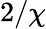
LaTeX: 2/\chi